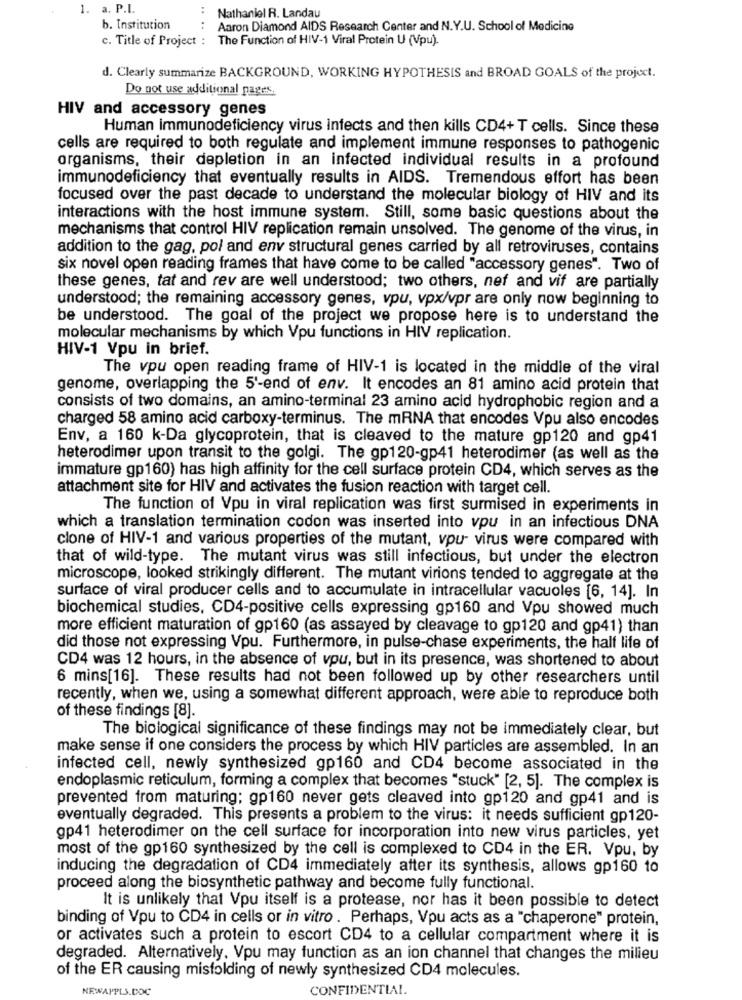
1. a. P.I.
Nathaniel R. Landau
b. Institution
..
Aaron Diamond AIDS Research Center and N.Y.U. School of Medicine
c. Title of Project : The Function of HIV-1 Viral Protein U (Vpu)
d. Clearly summarize BACKGROUND, WORKING HYPOTHESIS and BROAD GOALS of the project.
Do not use additional pages,
HIV and accessory genes
Human immunodeficiency virus infects and then kills CD4+ T cells. Since these
cells are required to both regulate and implement immune responses to pathogenic
organisms, their depletion in an infected individual results in a profound
immunodeficiency that eventually results in AIDS. Tremendous effort has been
focused over the past decade to understand the molecular biology of HIV and its
interactions with the host immune system. Still, some basic questions about the
mechanisms that control HIV replication remain unsolved. The genome of the virus, in
addition to the gag, pol and env structural genes carried by all retroviruses, contains
six novel open reading frames that have come to be called "accessory genes". Two of
these genes, tat and rev are well understood; two others, nef and vif are partially
understood; the remaining accessory genes, vou, vpx/vpr are only now beginning to
be understood. The goal of the project we propose here is to understand the
molecular mechanisms by which Vpu functions in HIV replication.
HIV-1 Vpu in brief.
The vpu open reading frame of HIV-1 is located in the middle of the viral
genome, overlapping the 5'-end of env. It encodes an 81 amino acid protein that
consists of two domains, an amino-terminal 23 amino acid hydrophobic region and a
charged 58 amino acid carboxy-terminus. The mRNA that encodes Vpu also encodes
Env, a 160 k-Da glycoprotein, that is cleaved to the mature gp120 and gp41
heterodimer upon transit to the golgi. The gp120-gp41 heterodimer (as well as the
immature gp160) has high affinity for the cell surface protein CD4, which serves as the
attachment site for HIV and activates the fusion reaction with target cell.
The function of Vpu in viral replication was first surmised in experiments in
which a translation termination codon was inserted into vpu in an infectious DNA
clone of HIV-1 and various properties of the mutant, vpu- virus were compared with
that of wild-type. The mutant virus was still infectious, but under the electron
microscope, looked strikingly different. The mutant virions tended to aggregate at the
surface of viral producer cells and to accumulate in intracellular vacuoles [6, 14]. In
biochemical studies, CD4-positive cells expressing gp160 and Vpu showed much
more efficient maturation of gp160 (as assayed by cleavage to gp120 and gp41) than
did those not expressing Vpu. Furthermore, in pulse-chase experiments, the half life of
CD4 was 12 hours, in the absence of vou, but in its presence, was shortened to about
6 mins[16]. These results had not been followed up by other researchers until
recently, when we, using a somewhat different approach, were able to reproduce both
of these findings [8].
The biological significance of these findings may not be immediately clear, but
make sense if one considers the process by which HIV particles are assembled. In an
infected cell, newly synthesized gp160 and CD4 become associated in the
endoplasmic reticulum, forming a complex that becomes "stuck" [2, 5]. The complex is
prevented from maturing; gp160 never gets cleaved into gp120 and gp41 and is
eventually degraded. This presents a problem to the virus: it needs sufficient gp120-
gp41 heterodimer on the cell surface for incorporation into new virus particles, yet
most of the gp160 synthesized by the cell is complexed to CD4 in the ER. Vpu, by
inducing the degradation of CD4 immediately after its synthesis, allows gp160 10
proceed along the biosynthetic pathway and become fully functional.
It is unlikely that Vpu itself is a protease, nor has it been possible to detect
binding of Vpu to CD4 in cells or in vitro . Perhaps, Vpu acts as a "chaperone" protein,
or activates such a protein to escort CD4 to a cellular compartment where it is
degraded. Alternatively, Vpu may function as an ion channel that changes the milieu
of the ER causing misfolding of newly synthesized CD4 molecules.
NEWAPPLS.DOC
CONFIDENTIAL.